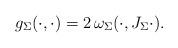
LaTeX: \begin{align*}g_{\Sigma}(\cdot,\cdot)=2\,\omega_{\Sigma}(\cdot,J_{\Sigma}\cdot).\end{align*}